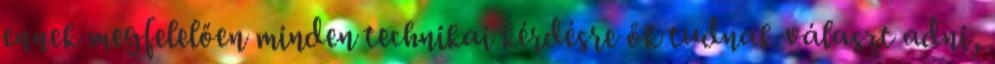
ennek megfelelően minden technikai kérdésre ők tudnak választ adni,